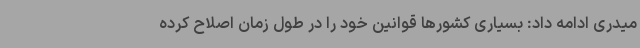
میدری ادامه داد: بسیاری کشورها قوانین خود را در طول زمان اصلاح کرده